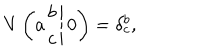
LaTeX: V \left( \left. a \begin{array} { c } { { b } } \\ { { c } } \\ \end{array} \right| 0 \right) = \delta _ { c } ^ { b } ,